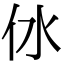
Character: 㲻